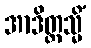
အာဒိတ္တသ္မိံ